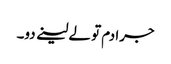
جرا دم تو لے لینے دو۔